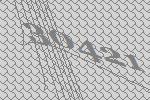
30421